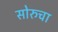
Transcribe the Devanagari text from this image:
सोरुचा